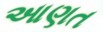
આણત